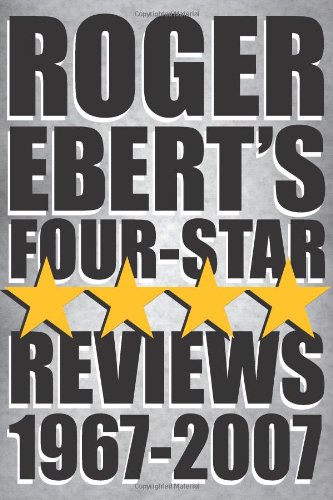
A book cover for Roger Ebert's Four-Star Reviews 1967-2007; Roger Ebert; Humor & Entertainment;